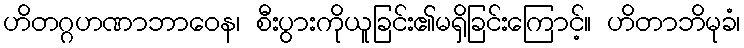
ဟိတဂ္ဂဟဏာဘာဝေန၊ စီးပွားကိုယူခြင်း၏မရှိခြင်းကြောင့်။ ဟိတာဘိမုခံ၊